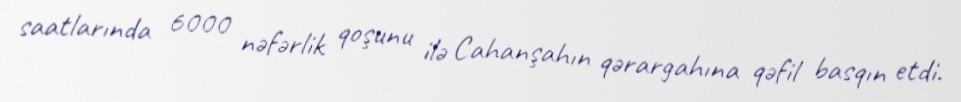
saatlarında 6000 nəfərlik qoşunu ilə Cahanşahın qərargahına qəfil basqın etdi.